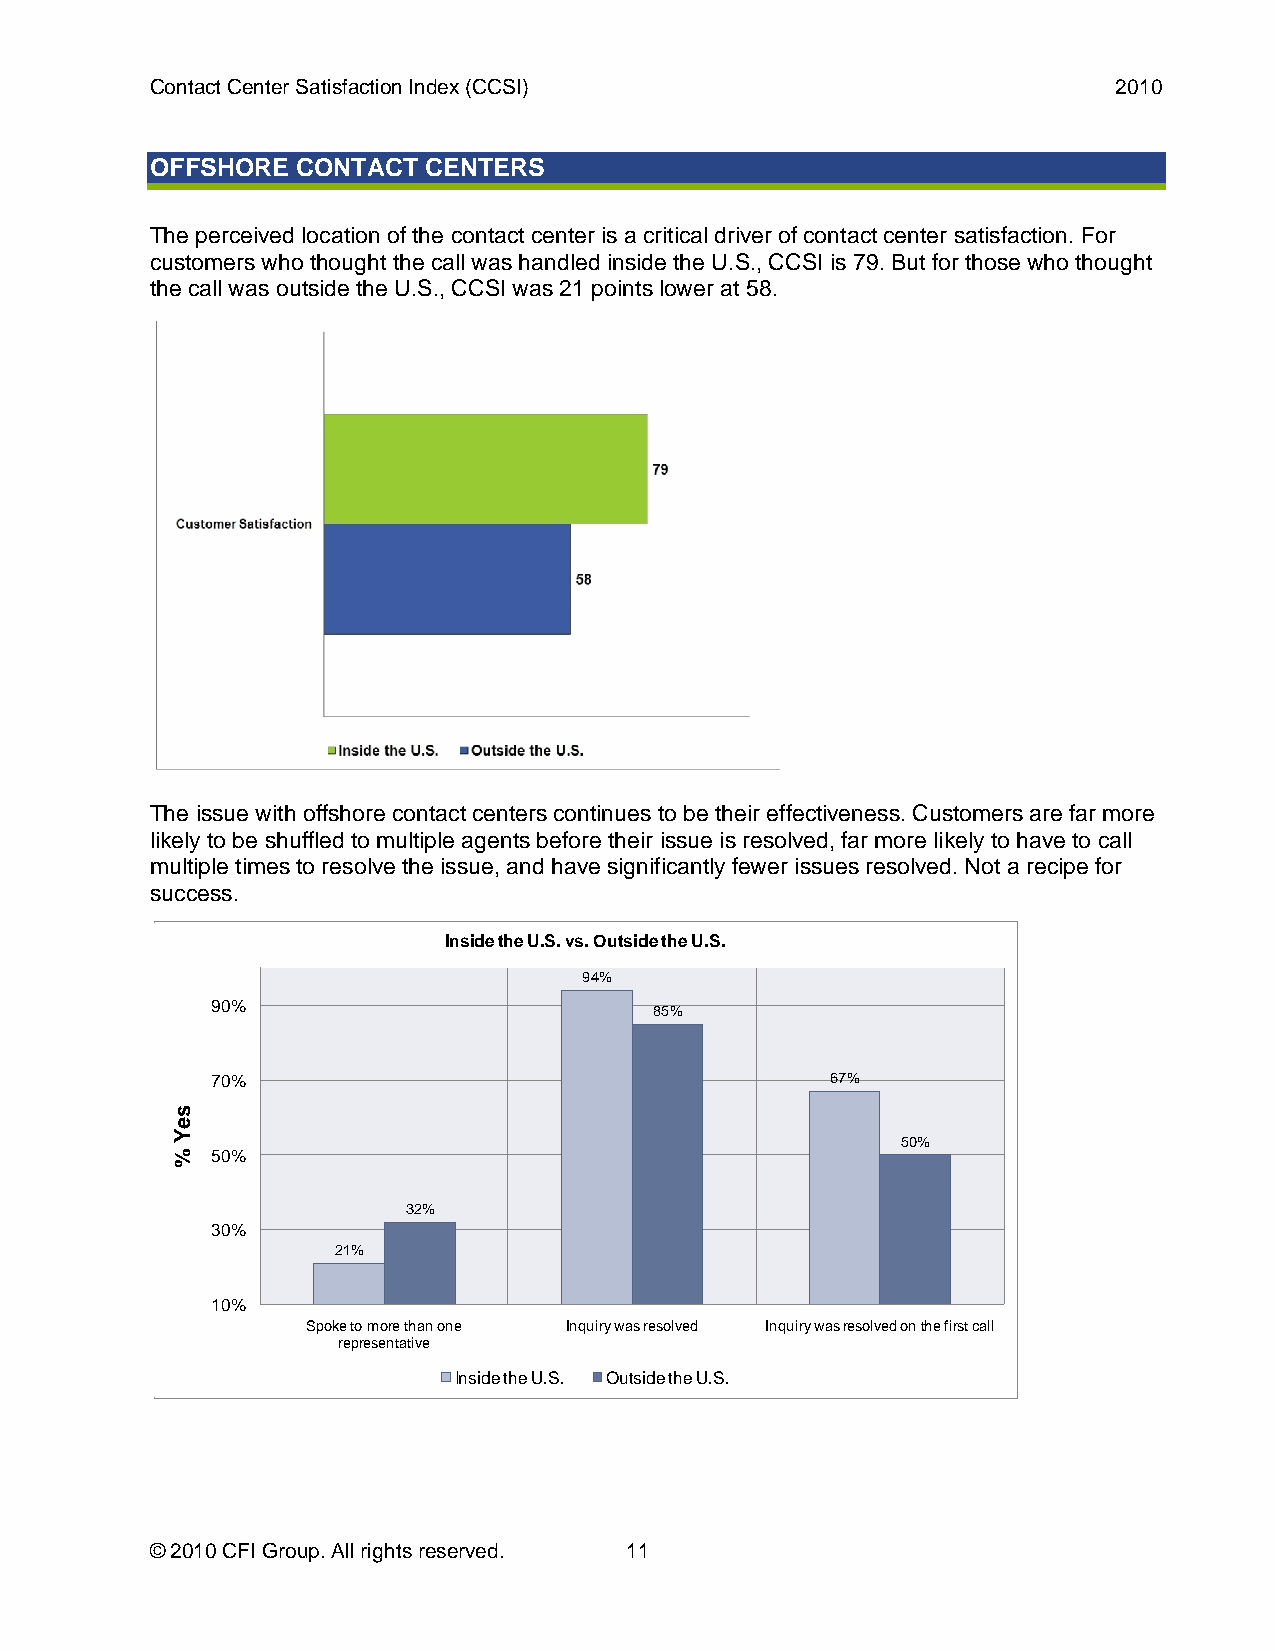
Contact Center Satisfaction Index (CCSI)                        2010
 OFFSHORE  CONTACT CENTERS
 The perceived location of the contact center is a critical driver of contact center satisfaction. For
 customers who thought the call was handled inside the U.S., CCSI is 79. But for those who thought
 the call was outside the U.S., CCSI was 21 points lower at 58.
 The issue with offshore contact centers continues to be their effectiveness. Customers are far more
 likely to be shuffled to multiple agents before their issue is resolved, far more likely to have to call
 multiple times to resolve the issue, and have significantly fewer issues resolved. Not a recipe for
 success.
 Inside the U.S. vs. Outside the U.S.
 94%
 90%                          85%
 70%                                      67%
 50%
 50%
 32%
 30%
 21%
 10%
 Spoke to more than one Inquiry was resolved Inquiry was resolved on the first call
 representative
 Inside the U.S. Outside the U.S.
 © 2010 CFI Group. All rights reserved. 11
 seY
 %